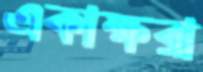
একাক্ষরা